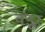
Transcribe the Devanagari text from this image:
वंडूर